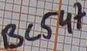
Text: BC547